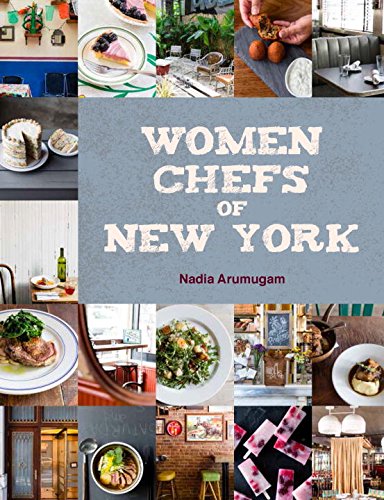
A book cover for Women Chefs of New York; Nadia Arumugam; Cookbooks, Food & Wine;